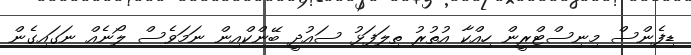
ޑިފެންސް މިނިސްޓްރީން ހިއްކާ އުތުރު ތިލަފަޅު ސައުދީ ބޭންކްއިން ނަމަވެސް ލޯނެއް ނަގައިގެން